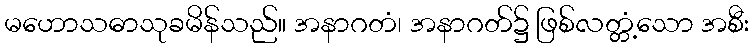
မဟောသဓာသုခမိန်သည်။ အနာဂတံ၊ အနာဂတ်၌ ဖြစ်လတ္တံ့သော အစီး